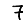
Digit: 7